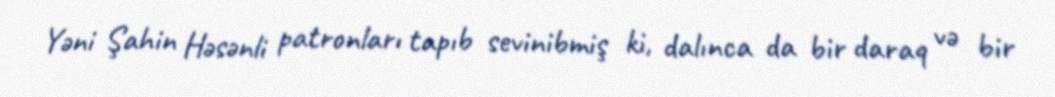
Yəni Şahin Həsənli patronları tapıb sevinibmiş ki, dalınca da bir daraq və bir